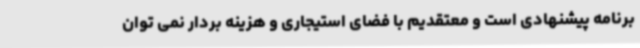
برنامه پیشنهادی است و معتقدیم با فضای استیجاری و هزینه بردار نمی توان